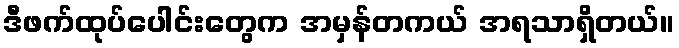
ဒီဖက်ထုပ်ပေါင်းတွေက အမှန်တကယ် အရသာရှိတယ်။